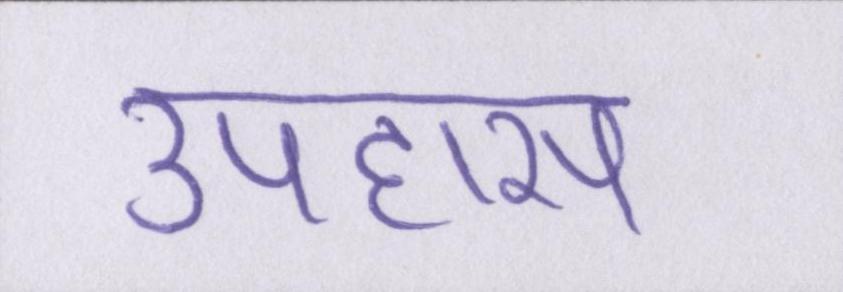
उपहास